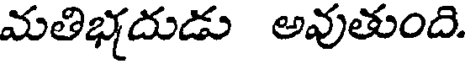
మతిభదుడు అవుతుంది.